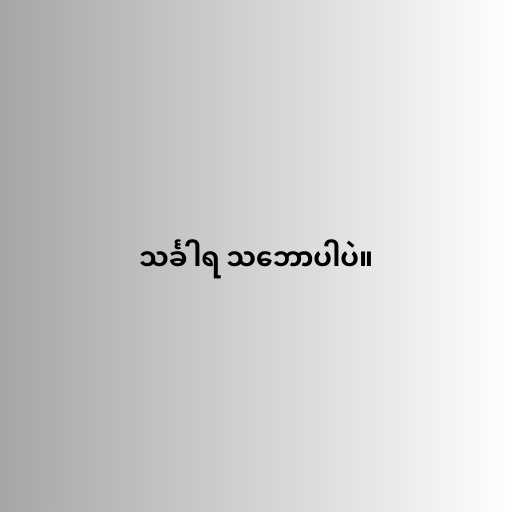
သင်္ခါရ သ‌ဘောပါပဲ။